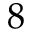
8